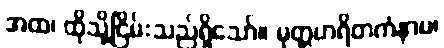
အထ၊ ထိုသို့ငြိမ်းသည်ရှိသော်။ မုတ္တဟရိတကံနာမ၊